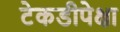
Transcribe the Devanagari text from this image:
टेकडीपेक्षा